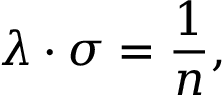
\lambda \cdot \sigma = { \frac { 1 } { n } } ,